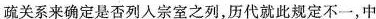
疏关系来确定是否列人宗室之列，历代就此规定不一，中